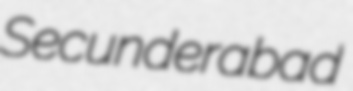
Secunderabad